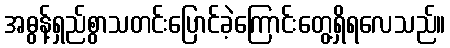
အဓွန့်ရှည်စွာသတင်းပြောင်ခဲ့ကြောင်းတွေ့ရှိရလေသည်။